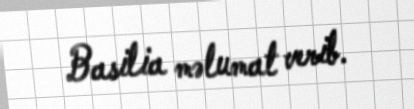
Basilia məlumat verib.